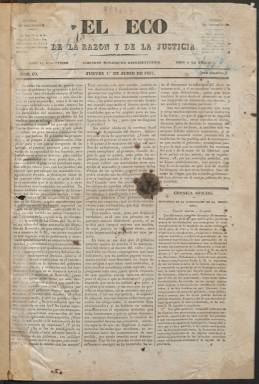
Título: El Eco de la razón y de la justicia
Colección: Periódicos anteriores a 1850
Ámbito geográfico: Madrid
Lugar de publicación: Madrid
Fechas: 01/06/1837-31/07/1837